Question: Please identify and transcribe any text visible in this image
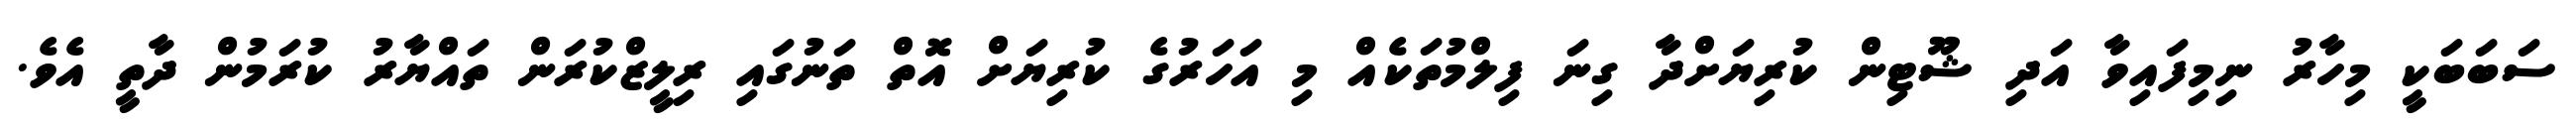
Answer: ސަބަބަކީ މިހާރު ނިމިފައިވާ އަދި ޝޫޓިން ކުރިޔަށްދާ ގިނަ ފިލްމުތަކެއް މި އަހަރުގެ ކުރިޔަށް އޮތް ތަނުގައި ރިލީޒްކުރަން ތައްޔާރު ކުރަމުން ދާތީ އެވެ.